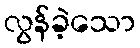
လွန်ခဲ့သော